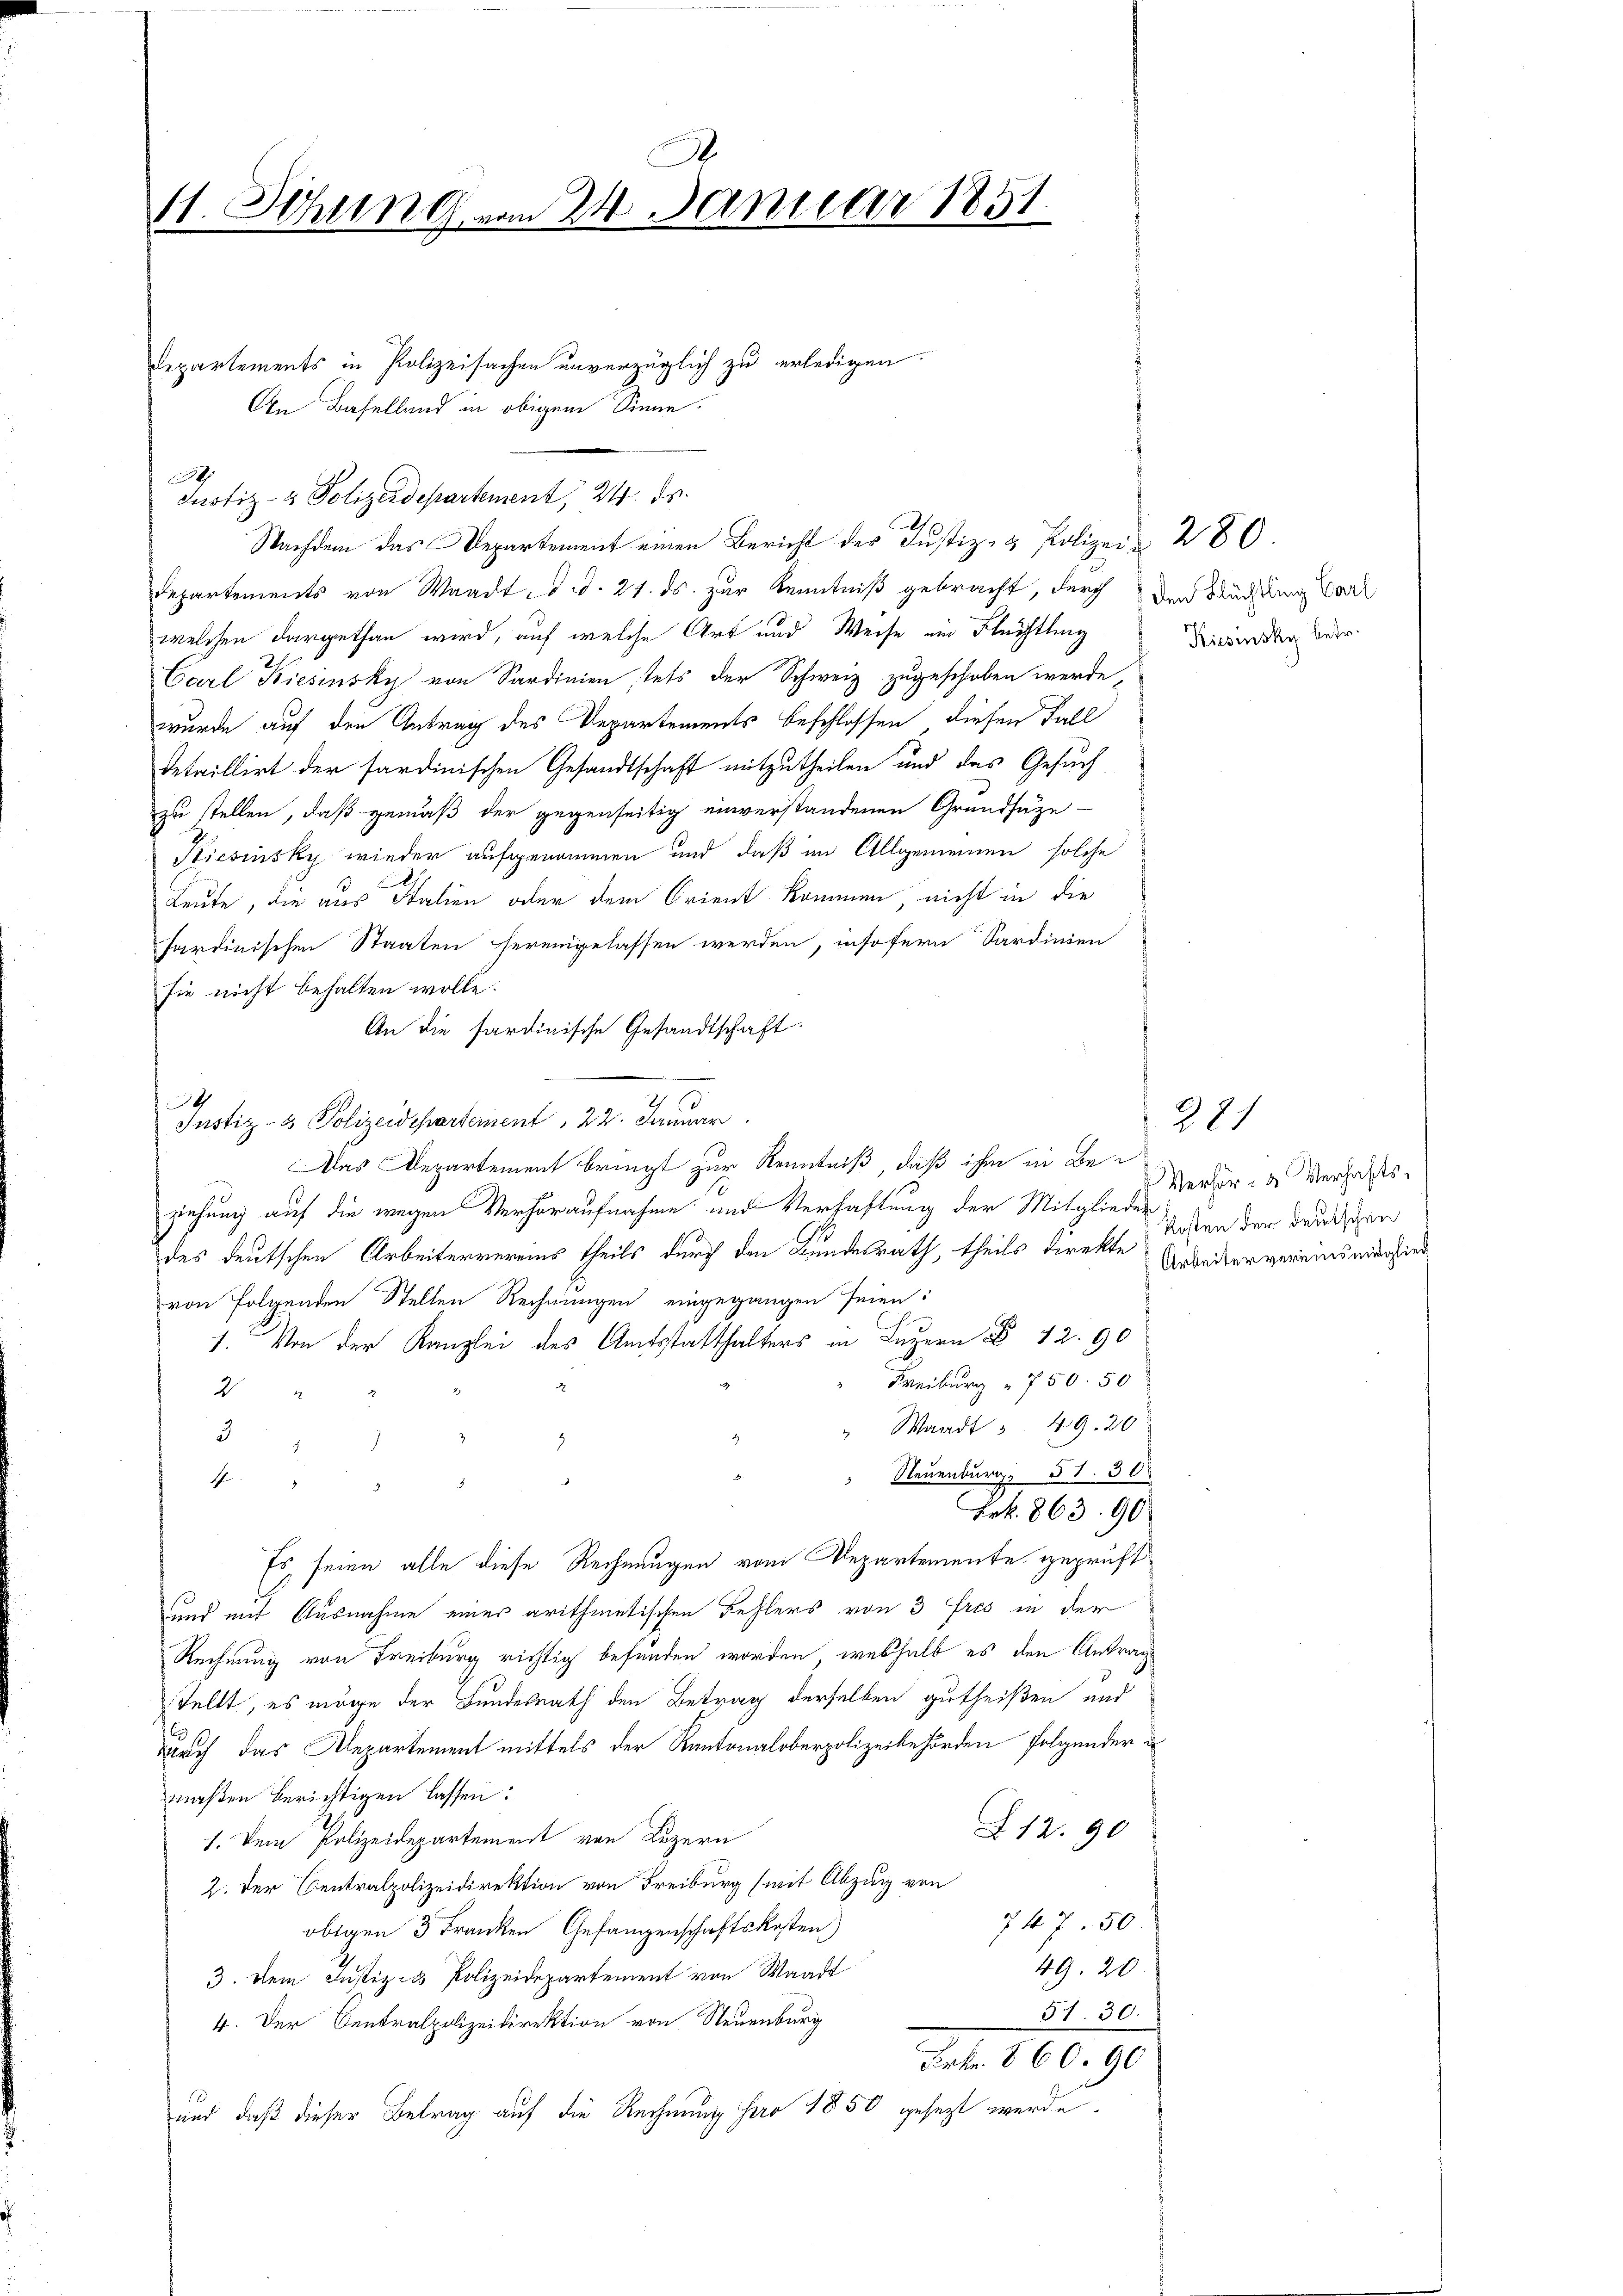
A.
11. Sitzung vom 24. Januar 1851.

Departements in Polizeisachen unverzüglich zu erledigen.
An Baselland in obigem Sinne.
Departements von Waadt d. d. 21. ds. zur Kenntniß gebracht, durch den Bauchtung Vorl
welchen dargethan wird, auf welche Art und Weise ein Flüchtling
Carl Kiesinsky von Sardinien stets der Schweiz zugeschoben werde,
wurde auf den Antrag des Departements beschlossen, diesen Fall
detaillirt der sardinischen Gesandtschaft mitzutheilen und das Gesuch
zu stellen, daß gemäß der gegenseitig einverstandenen Grundsäze
Kiesinsky wieder aufgenommen und daß im Allgemeinen solche
Leute, die aus Italien oder dem Crient kommen nicht in die
sardinischen Staaten hereingelassen werden, insofern Sardinien
sie nicht behalten wolle.
An die sardinische Gesandtschaft.
Justiz- & Polizeidepartement, 22. Januar
Das Departement bringt zur Kenntniß, daß ihm in Beziehung auf die wegen Verhöraufnahme und Verhaftung der Mitglieder
des deutschen Arbeitervereins theils durch den Kundesrath, theils direkte Arbeitervereinsmarsied
von folgenden Stellen Rechnungen eingegangen seien:
1. Von der Kanzlei des Amtsstatthalters in Luzern § 12. 90
Freiburg " 750. 50
2
" Waadt § 49. 20
3
 Neuenburg. 51. 30
t
.
Frk. 863 90
Es seien alle diese Rechnungen vom Departemente geprüft
und mit Ausnahme einer arithmetischen Fehlers von 3 Fres in der
Rechnung von Freiburg richtig befunden worden, weshalb es den Antrag
tellt, es möge der Bundesrath den Betrag derselben gutheißen und
durch das Departement mittels der Kantonaloberpolizeibehörden folgender
maßen berichtigen lassen:
Z. 12. 90
1. Dem Polizeidepartement von Luzern
2. Der Centralpolizeidirektion von Freiburg (mit Abzug von
74750
obigen 3 Franken Gefangenschaftskosten
49. 20
3. Dem Justiz- & Polizeidepartement von Waadt
51. 30.
4. Der Centralpolizeidirektion von Neuenburg
Frk. 860. 90
und daß dieser Betrag auf die Rechnung per 1850 gesezt werde.

0
Justiz- & Polizeidepartement, 24. ds.

4

Nachdem das Departement einen Bericht des Justiz- & Polizei- 280.

Kiesinsky betr.

Verhör- u Verhafts-
Kosten der deutschen

281